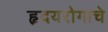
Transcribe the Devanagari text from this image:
हृदयरोगाचे